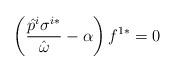
LaTeX: \begin{align*}\left(\frac{\hat{p}^i \sigma^{i*}}{\hat{\omega}}-\alpha\right)f^{1*}=0\end{align*}